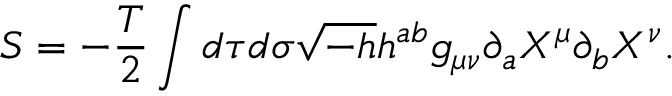
S = - \frac { T } { 2 } \int d \tau d \sigma \sqrt { - h } h ^ { a b } g _ { \mu \nu } \partial _ { a } X ^ { \mu } \partial _ { b } X ^ { \nu } .